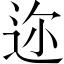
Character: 迩